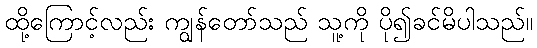
ထို့ကြောင့်လည်း ကျွန်တော်သည် သူ့ကို ပို၍ခင်မိပါသည်။